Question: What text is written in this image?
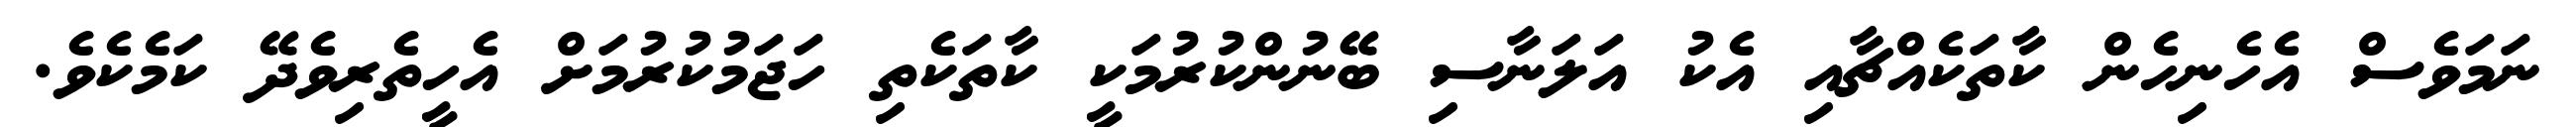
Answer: ނަމަވެސް އެހެނިހެން ކާތަކެއްޗާއި އެކު އަލަނާސި ބޭނުންކުރުމަކީ ކާތަކެތި ހަޖަމުކުރުމަށް އެހީތެރިވެދޭ ކަމެކެވެ.